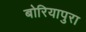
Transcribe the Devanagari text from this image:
बोरियापुरा